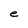
Character: e